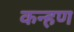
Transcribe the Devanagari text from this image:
कन्हण